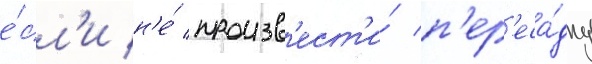
е́сл'и н'е́ произв'ест'и́ п'ер'еса́дку